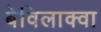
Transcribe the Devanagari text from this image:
बेविलाक्वा